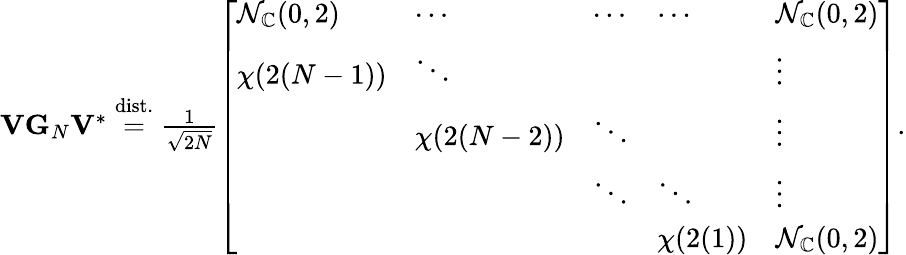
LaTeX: \begin{array}{r}{\mathbf{V}\mathbf{G}_{N}\mathbf{V}^{*}\stackrel{\mathrm{dist.}}{=}\frac{1}{\sqrt{2N}}\left[\begin{array}{lllll}{\mathcal{N}_{\mathbb{C}}(0,2)}&{\cdots}&{\cdots}&{\cdots}&{\mathcal{N}_{\mathbb{C}}(0,2)}\\ {\chi(2(N-1))}&{\ddots}&&&{\vdots}\\ &{\chi(2(N-2))}&{\ddots}&&{\vdots}\\ &&{\ddots}&{\ddots}&{\vdots}\\ &&&{\chi(2(1))}&{\mathcal{N}_{\mathbb{C}}(0,2)}\end{array}\right].}\end{array}